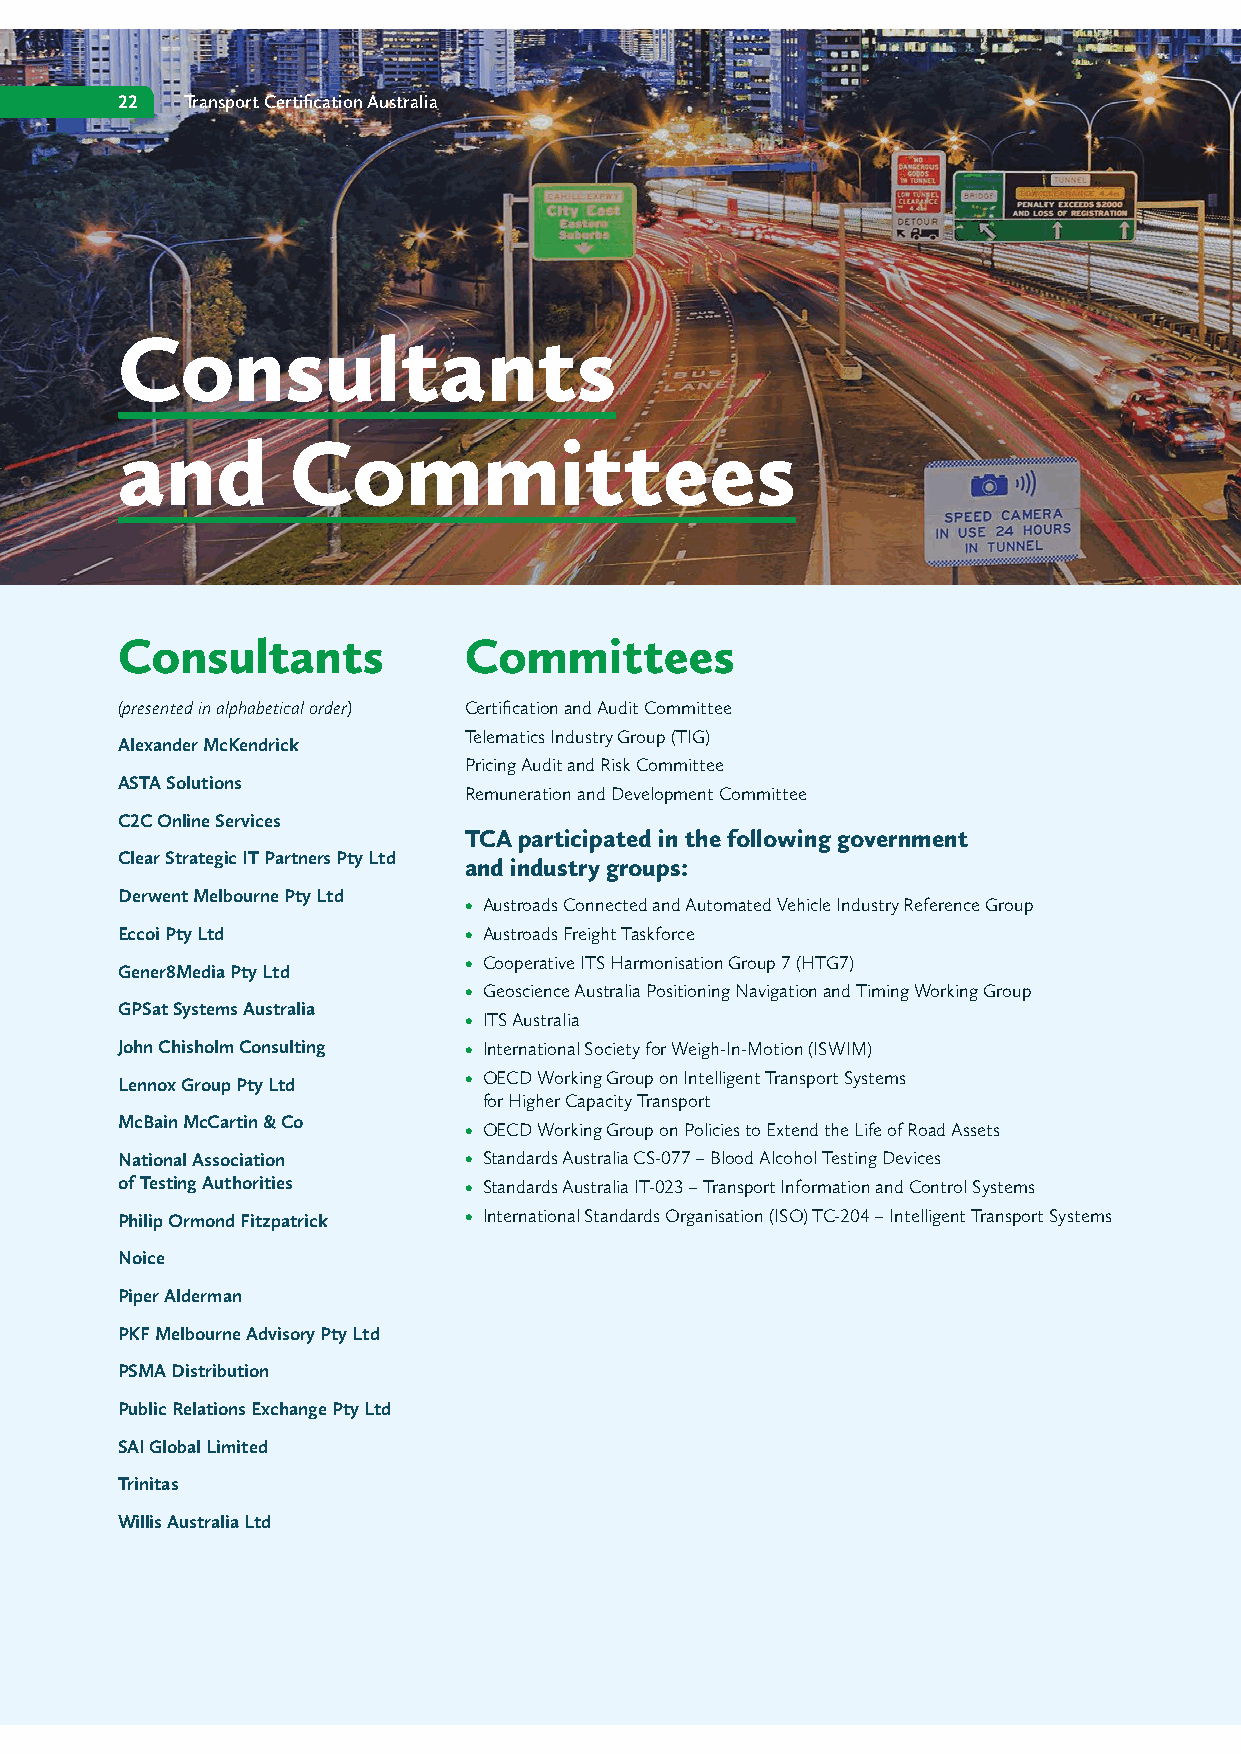
22  Transport Certification Australia
 Consultants
 and        Committees
 Consultants            Committees
 (presented in alphabetical order) Certification and Audit Committee
 Telematics Industry Group (TIG)
 Alexander McKendrick
 Pricing Audit and Risk Committee
 ASTA Solutions
 Remuneration and Development Committee
 C2C Online Services
 TCA participated in the following government
 Clear Strategic IT Partners Pty Ltd
 and industry groups:
 Derwent Melbourne Pty Ltd
 • Austroads Connected and Automated Vehicle Industry Reference Group
 Eccoi Pty Ltd          • Austroads Freight Taskforce
 • Cooperative ITS Harmonisation Group 7 (HTG7)
 Gener8Media Pty Ltd
 • Geoscience Australia Positioning Navigation and Timing Working Group
 GPSat Systems Australia
 • ITS Australia
 John Chisholm Consulting • International Society for Weigh-In-Motion (ISWIM)
 • OECD Working Group on Intelligent Transport Systems
 Lennox Group Pty Ltd
 for Higher Capacity Transport
 McBain McCartin & Co
 • OECD Working Group on Policies to Extend the Life of Road Assets
 National Association   • Standards Australia CS-077 – Blood Alcohol Testing Devices
 of Testing Authorities • Standards Australia IT-023 – Transport Information and Control Systems
 Philip Ormond Fitzpatrick • International Standards Organisation (ISO) TC-204 – Intelligent Transport Systems
 Noice
 Piper Alderman
 PKF Melbourne Advisory Pty Ltd
 PSMA Distribution
 Public Relations Exchange Pty Ltd
 SAI Global Limited
 Trinitas
 Willis Australia Ltd